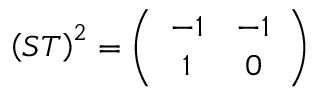
\left( S T \right) ^ { 2 } = \left( \begin{array} { c c } { { - 1 } } & { { - 1 } } \\ { { 1 } } & { { 0 } } \end{array} \right)